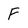
Character: f